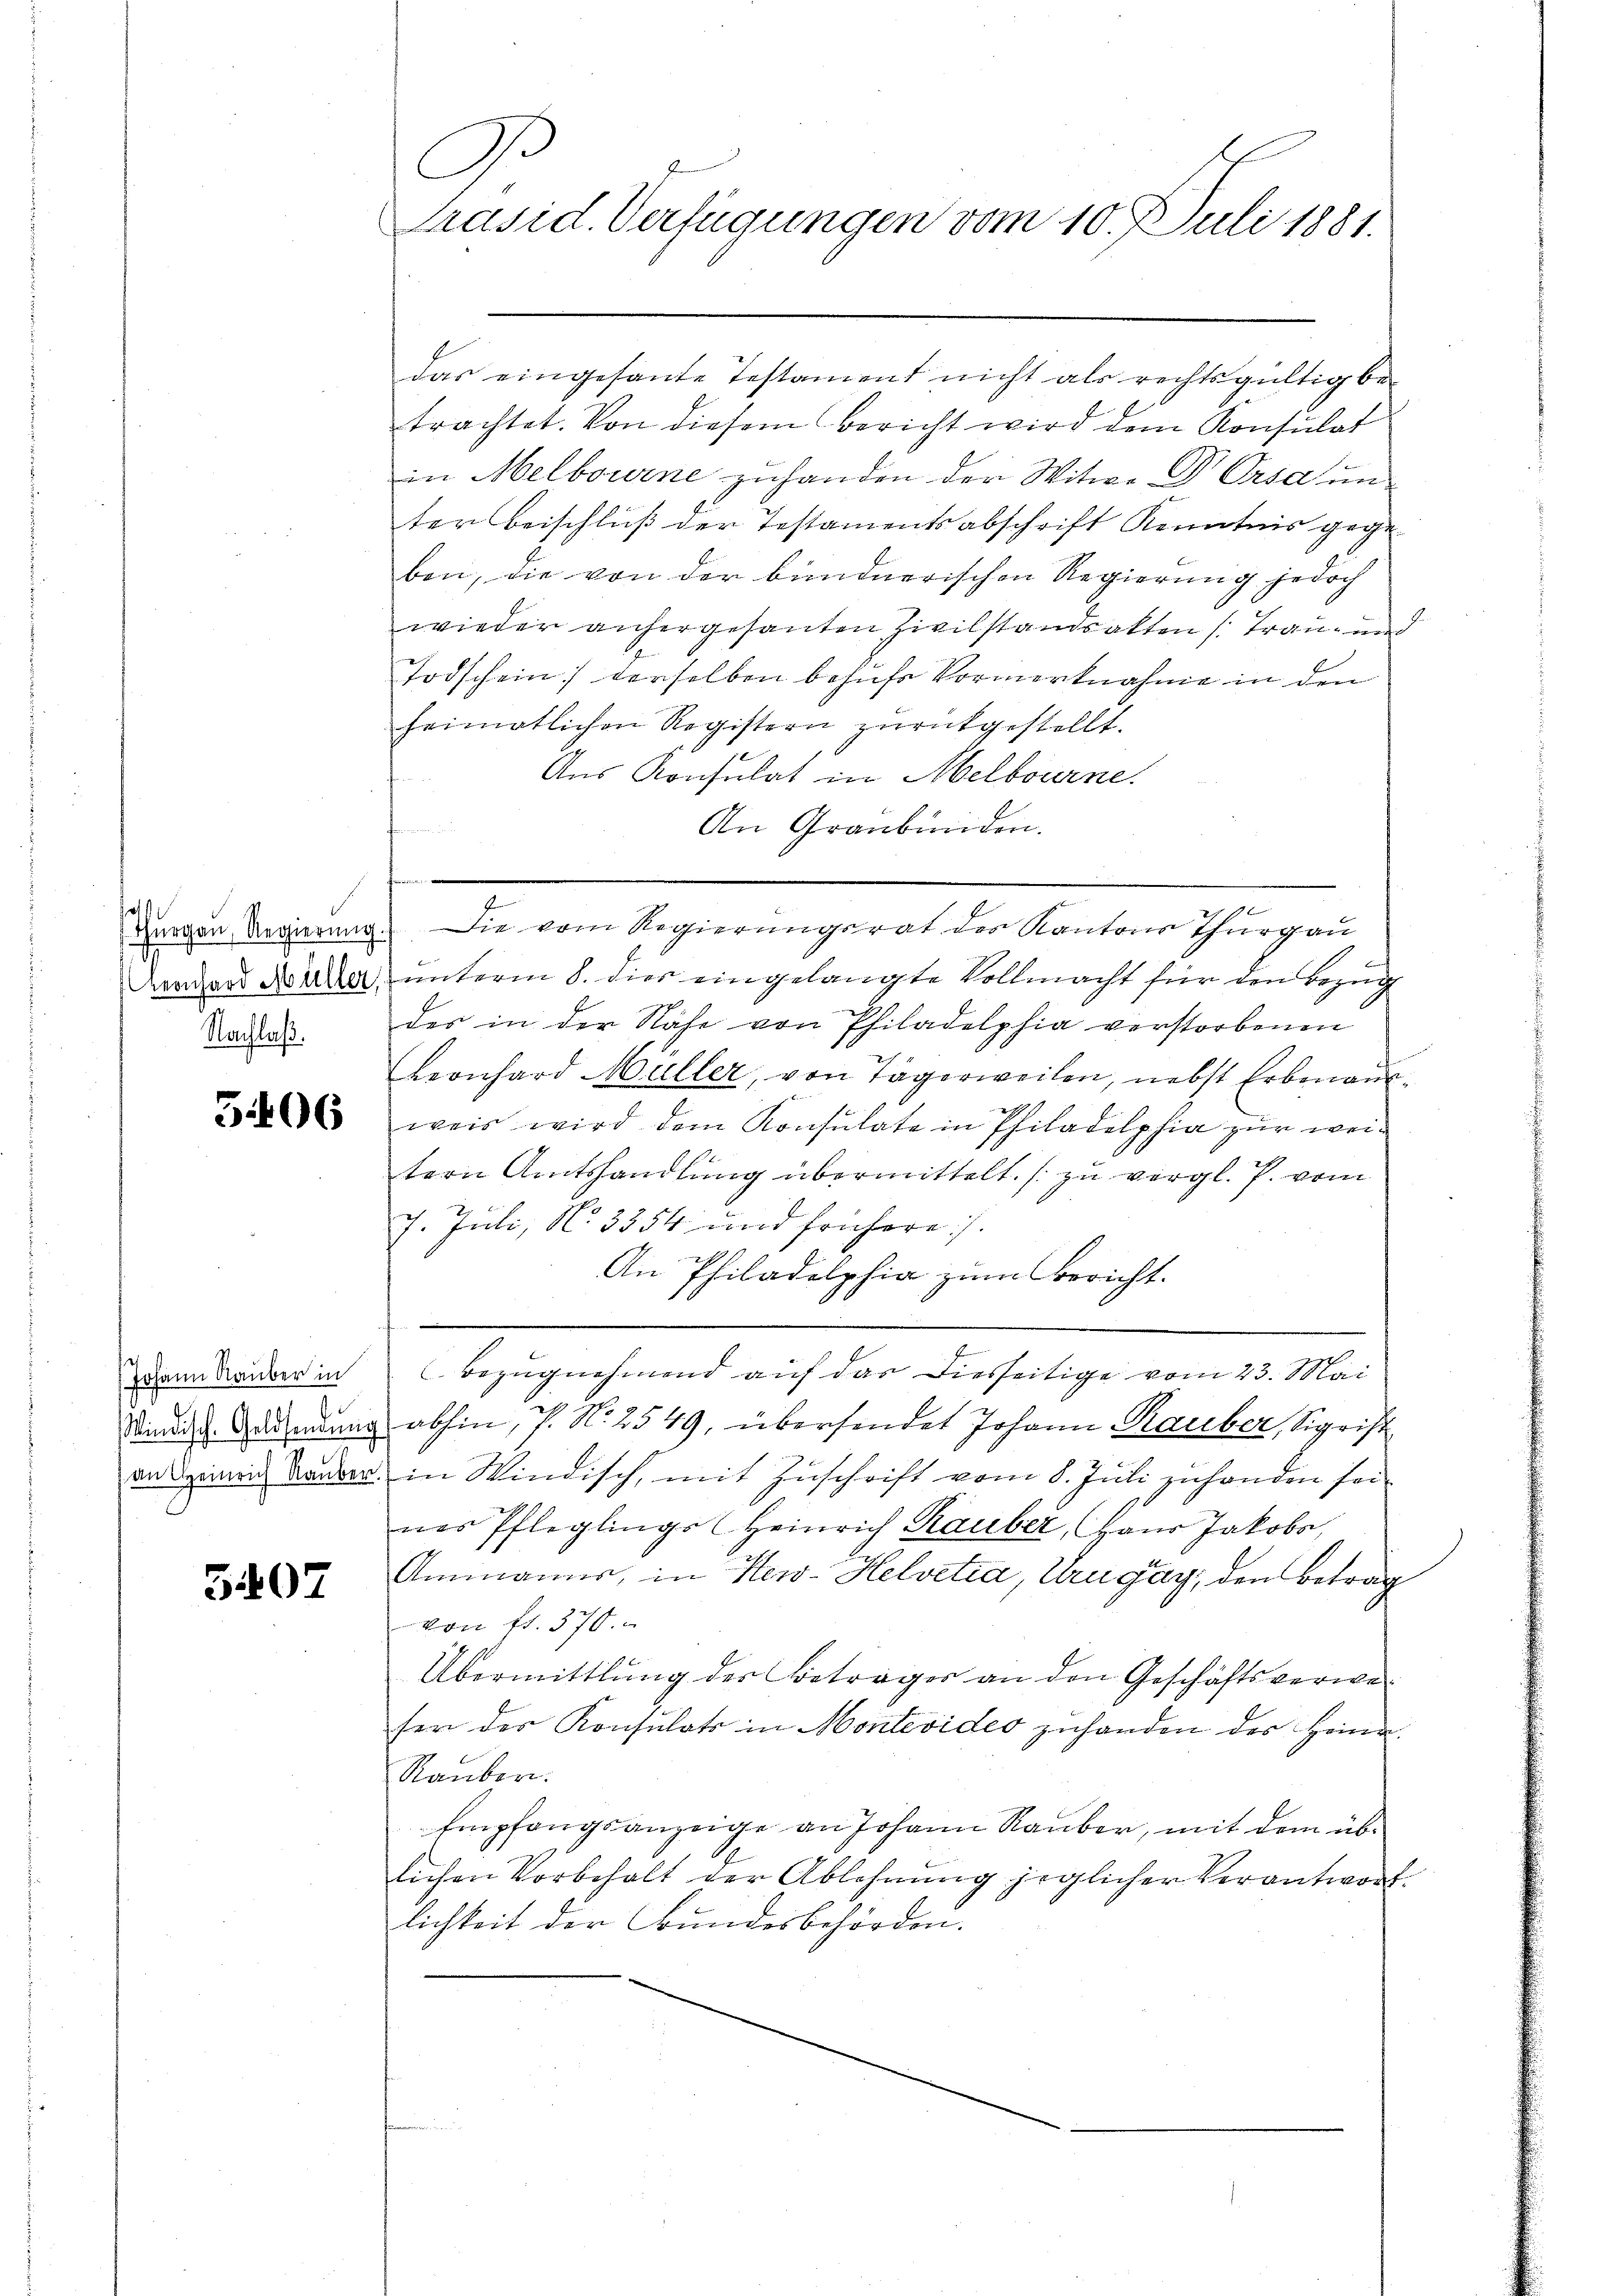
1
Nachlaß.

5406

Johann Rauber in
an Heinrich Rauber

5407

Präsid. Verfügungen vom 10. Juli 1881.

G

das eingesante Testament nicht als rechtsgültig be-
trachtet. Von diesem Bericht wird dem Konsulat
in Melbourne zuhanden der Witwe Dr. Orsa unter Beischluß der Testamentsabschrift Kenntnis gegeben, die von der bundnerischen Regierung jedoch
wieder anhergesanten Zivilstandsakten (Trau- und
Todschein derselben behufs Vormerknahme in den
heimatlichen Registern zŭrückgestellt.
Aus Konsulat in Melbourne.
An Graubünden.
Zurven Regierung. Die vom Regierungsrat des Kantons Thurgau
vegard Mara unterm 8. dies eingelangte Vollmacht für den Bezug
des in der Nähe von Philadelphia verstorbenen
Leonhard Müller, von Tägerweilen, nebst Erbenant
weis wird dem Konsulate in Philadelphia zur weitern Amtshandlung übermittelt. (zu vergl. P. vom
7. Juli, No 3354 und frühere
An Philadelphia zum Bericht.
.
bezugnehmend auf das diesseitige vom 23. Mai
Stindige Baumanns abhin, s. No. 2549, übersendet Johann Rauber, Sigrist
. in Windisch, mit Zuschrift vom 8. Juli zuhanden sei.
nes Pfleglings Heinrich Rauber, Haus Jakobs,
Ammanns, in Her-Helvetia, Uruguay, den Betrag
von 11. 370.
Übermittlung der Betrages an den Geschäftsverweser der Konsulats in Montevideo zuhanden des Heira¬
Rauber.
Empfangsanzeige an Johann Rauber, mit dem üblichen Vorbehalt der Ablehnung jeglicher Verantworf
lichkeit der Bundesbehörden.